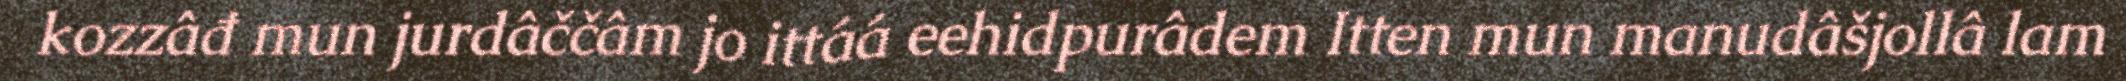
kozzâđ mun jurdâččâm jo ittáá eehidpurâdem Itten mun manudâšjollâ lam